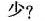
少？